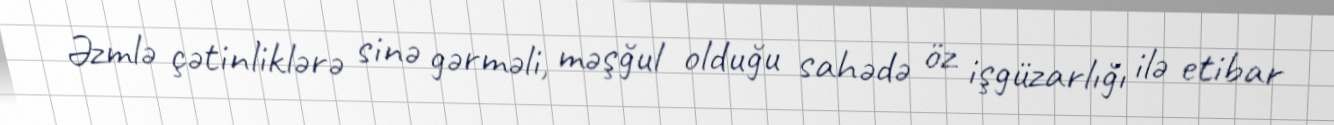
Əzmlə çətinliklərə sinə gərməli, məşğul olduğu sahədə öz işgüzarlığı ilə etibar